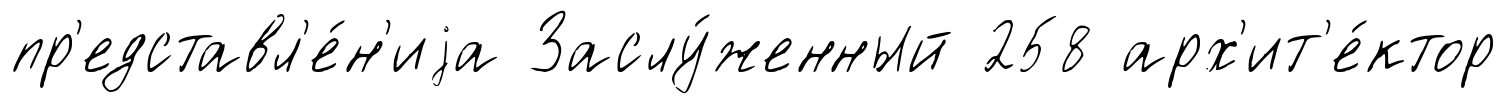
пр'едставл'е́н'иjа Заслу́женный 258 арх'ит'е́ктор